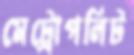
মেট্রোপলিট